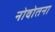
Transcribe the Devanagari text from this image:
नोवोतना